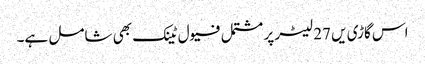
اس گاڑی یں 27 لیٹر پر مشتمل فیول ٹینک بھی شامل ہے۔